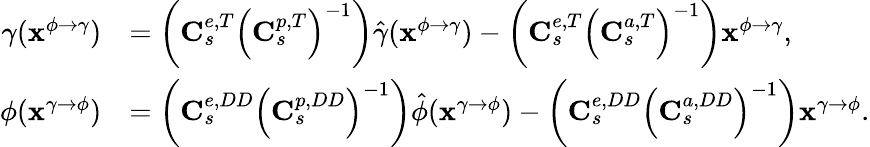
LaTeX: \begin{array}{rl}{\gamma(\mathbf{x}^{\phi\rightarrow\gamma})}&{=\left(\mathbf{C}_{s}^{e,T}\left(\mathbf{C}_{s}^{p,T}\right)^{-1}\right)\hat{\gamma}(\mathbf{x}^{\phi\rightarrow\gamma})-\left(\mathbf{C}_{s}^{e,T}\left(\mathbf{C}_{s}^{a,T}\right)^{-1}\right)\mathbf{x}^{\phi\rightarrow\gamma},}\\ {\phi(\mathbf{x}^{\gamma\rightarrow\phi})}&{=\left(\mathbf{C}_{s}^{e,DD}\left(\mathbf{C}_{s}^{p,DD}\right)^{-1}\right)\hat{\phi}(\mathbf{x}^{\gamma\rightarrow\phi})-\left(\mathbf{C}_{s}^{e,DD}\left(\mathbf{C}_{s}^{a,DD}\right)^{-1}\right)\mathbf{x}^{\gamma\rightarrow\phi}.}\end{array}